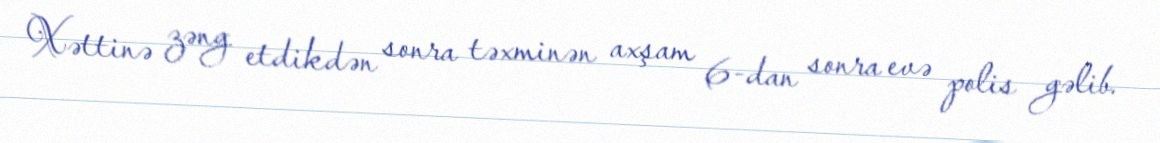
Xəttinə zəng etdikdən sonra təxminən axşam 6-dan sonra evə polis gəlib.